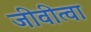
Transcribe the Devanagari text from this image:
जीवीत्वा